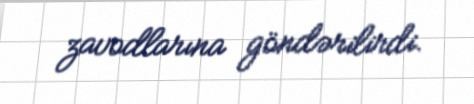
zavodlarına göndərilirdi.